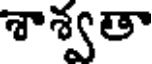
శాశ్వతా